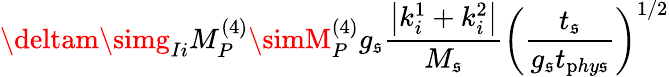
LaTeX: \deltam\simg_{Ii}M_{P}^{(4)}\simM_{P}^{(4)}g_{\mathfrak{s}}\frac{{\left|k_{i}^{1}+k_{i}^{2}\right|}}{{M_{\mathfrak{s}}}}\left(\frac{{t_{\mathfrak{s}}}}{{g_{\mathfrak{s}}t_{\mathrm{p}hy\mathfrak{s}}}}\right)^{1/2}